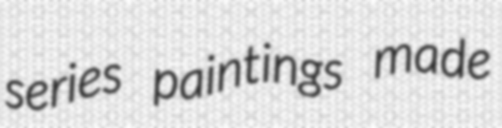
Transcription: series paintings made